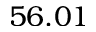
5 6 . 0 1